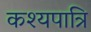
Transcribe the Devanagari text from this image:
कश्यपात्रि